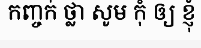
កញ្ចក់ ថ្លា សូម កុំ ឲ្យ ខ្ញុំ